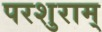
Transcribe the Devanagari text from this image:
परशुराम्